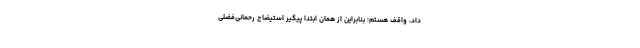
داد، واقف هستم؛ بنابراین از همان ابتدا پیگیر استیضاح رحمانی‌فضلی